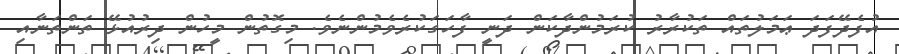
އުފެދޭފަދަ ޢަމަލުތައް ތަކުރާރު ކުރަމުންދާކަން ދަނީ ފާހަގަކުރެވެމުންނެވެ. މިގޮތުން މީހުން ދިރުއުޅޭ ތަންތަނާއި